Annual report of lunatic asylums [Bombay] - 1912-1922
Year: 1912
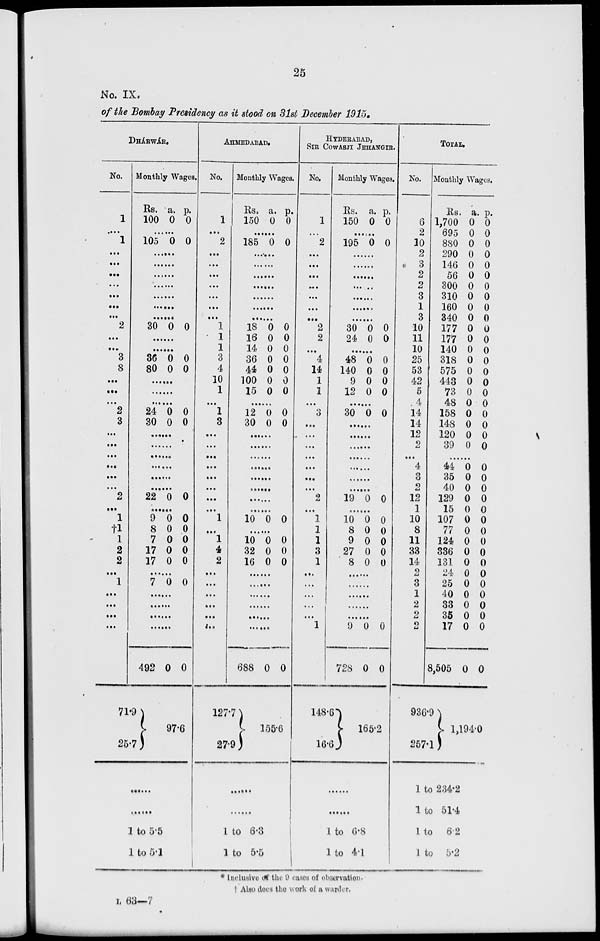
25
No. IX.
of the Bombay Presidency as it stood on 31st December 1915.
DHÁRWÁR.
No.
1
... ..
1
...
...
...
...
...
...
...
2
...
...
3
8
...
...
...
2
3
...
...
...
...
...
...
2
...
1
†1
1
2
2
...
1
...
...
...
...
71.9
25.7
Monthly Wages.
Rs.
100
a.
0
p.
0
......
105 0 0
......
......
......
......
......
......
......
30 0 0
......
......
36
80
0
0
0
0
......
......
......
24
30
0
0
0
0
......
......
......
......
......
......
22 0 0
......
9
8
7
17
17
0
0
0
0
0
0
0
0
0
0
......
7 0 0
......
......
......
......
492 0 0
97.6
......
......
1 to 5.5
1 to 5.1
AHMEDABAD.
No.
1
...
2
...
...
...
...
...
...
...
1
1
1
3
4
10
1
...
1
3
...
...
...
...
...
...
...
...
1
...
1
4
2
...
...
...
...
...
...
127.7
27.9
Monthly Wages.
Rs.
150
a.
0
p.
0
......
185 0 0
......
......
......
......
......
......
......
18
16
14
36
44
100
15
0
0
0
0
0
0
0
0
0
0
0
0
0
0
......
12
30
0
0
0
0
......
......
......
......
......
......
......
......
10 0 0
......
10
32
16
0
0
0
0
0
0
......
......
......
......
......
......
688 0 0
155.6
......
......
1 to 6.3
1 to 5.5
HYDERABAD,
SIR COWASJI JEHANGlR.
No.
1
...
2
...
...
...
...
...
...
...
2
2
...
4
14
1
1
...
3
...
...
...
...
...
...
...
2
...
1
1
1
3
1
...
...
...
...
...
1
...
148.6
16.6
Monthly Wages.
Rs.
150
a.
0
p.
0
......
195 0 0
......
......
......
......
......
......
......
30
24
0
0
0
0
.........
48
140
9
12
0
0
0
0
0
0
0
0
......
30 0 0
......
......
......
......
......
......
......
19 0 0
......
10
8
9
27
8
0
0
0
0
0
0
0
0
0
0
......
......
......
......
......
9
728
0
0
0
0
165.2
......
......
1 to 6.8
1 to 4.1
TOTAL.
No.
6
2
10
2
3
2
2
3
1
3
10
11
10
25
53
42
5
4
14
14
12
2
...
4
3
2
12
1
10
8
11
33
14
2
3
1
2
2
2
936.9
257.1
Monthly Wages.
Rs.
1,700
695
880
290
146
56
300
310
160
340
177
177
140
318
575
443
73
48
158
148
120
39
a.
0
0
0
0
0
0
0
0
0
0
0
0
0
0
0
0
0
0
0
0
0
0
p.
0
0
0
0
0
0
0
0
0
0
0
0
0
0
0
0
0
0
0
0
0
0
......
44
35
40
129
15
107
77
124
336
131
24
25
40
33
35
17
8,505
0
0
0
0
0
0
0
0
0
0
0
0
0
0
0
0
0
0
0
0
0
0
0
0
0
0
0
0
0
0
0
0
0
0
1,194.0
1 to 234.2
1 to 51.4
1 to 6.2
1 to 5.2
* Inclusive of the 9 cases of observation.
† Also does the work of a warder.
L 63—7